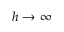
h \rightarrow \infty